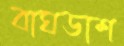
বাঘডাশ